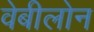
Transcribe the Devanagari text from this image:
वेबीलोन